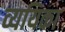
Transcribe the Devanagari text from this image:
व्ययिका